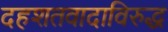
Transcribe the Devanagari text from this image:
दहशतवादाविरुद्ध